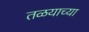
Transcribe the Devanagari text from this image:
तळयाच्या